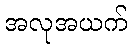
အလုအယက်